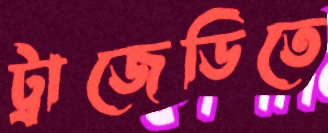
ট্রাজেডিতে